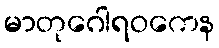
မာတုဂေါရဝကေန